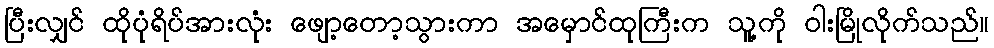
ပြီးလျှင် ထိုပုံရိပ်အားလုံး ဖျော့တော့သွားကာ အမှောင်ထုကြီးက သူ့ကို ဝါးမြိုလိုက်သည်။